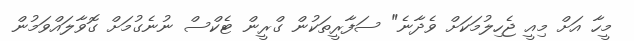
މީހާ އަށް މިއީ ޖެހިލުމަކަށް ވެދާނެ" ސަފާރީތަކުން ގްރީން ޓެކްސް ނުނެގުމަށް ގޮވާލައްވަމުން